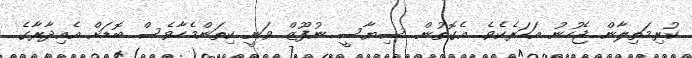
ކުރިމަތިލާން ޖެހުނު އަހަރެކެވެ. އެގޮތުން ސިޔާސީ ނުފޫޒް ވަނީ ކިތަންމެހާވެސް ބޮޑަށް އެއިދާރާގެ